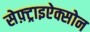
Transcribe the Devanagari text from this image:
सेफ़्ट्राइऐक्सोन